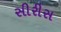
સીરીસ